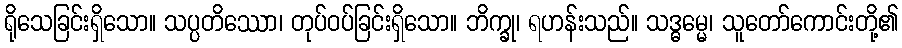
ရိုသေခြင်းရှိသော။ သပ္ပတိဿော၊ တုပ်ဝပ်ခြင်းရှိသော။ ဘိက္ခု၊ ရဟန်းသည်။ သဒ္ဓမ္မေ၊ သူတော်ကောင်းတို့၏